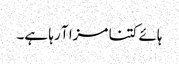
ہائے کتنا مزا آ رہا ہے۔